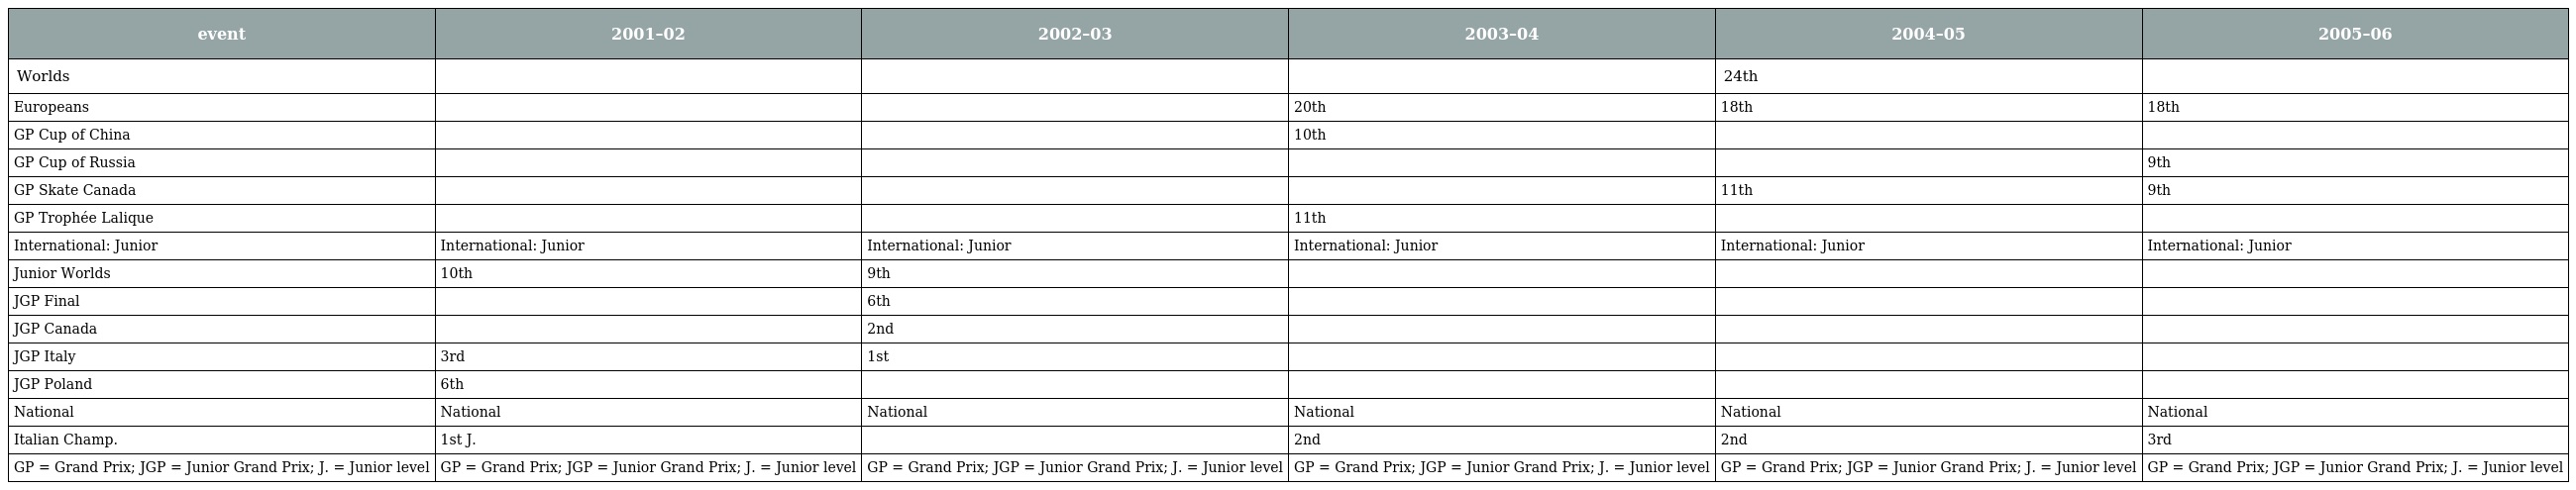
| event | 2001–02 | 2002–03 | 2003–04 | 2004–05 | 2005–06 |
 | --- | --- | --- | --- | --- | --- |
 | Worlds |  |  |  | 24th |  |
 | Europeans |  |  | 20th | 18th | 18th |
 | GP Cup of China |  |  | 10th |  |  |
 | GP Cup of Russia |  |  |  |  | 9th |
 | GP Skate Canada |  |  |  | 11th | 9th |
 | GP Trophée Lalique |  |  | 11th |  |  |
 | International: Junior | International: Junior | International: Junior | International: Junior | International: Junior | International: Junior |
 | Junior Worlds | 10th | 9th |  |  |  |
 | JGP Final |  | 6th |  |  |  |
 | JGP Canada |  | 2nd |  |  |  |
 | JGP Italy | 3rd | 1st |  |  |  |
 | JGP Poland | 6th |  |  |  |  |
 | National | National | National | National | National | National |
 | Italian Champ. | 1st J. |  | 2nd | 2nd | 3rd |
 | GP = Grand Prix; JGP = Junior Grand Prix; J. = Junior level | GP = Grand Prix; JGP = Junior Grand Prix; J. = Junior level | GP = Grand Prix; JGP = Junior Grand Prix; J. = Junior level | GP = Grand Prix; JGP = Junior Grand Prix; J. = Junior level | GP = Grand Prix; JGP = Junior Grand Prix; J. = Junior level | GP = Grand Prix; JGP = Junior Grand Prix; J. = Junior level |